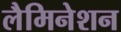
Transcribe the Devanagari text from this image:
लैमिनेशन